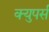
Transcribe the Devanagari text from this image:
क्युपर्स